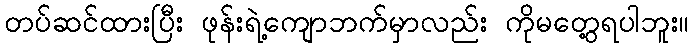
တပ်ဆင်ထားပြီး ဖုန်းရဲ့ကျောဘက်မှာလည်း ကိုမတွေ့ရပါဘူး။